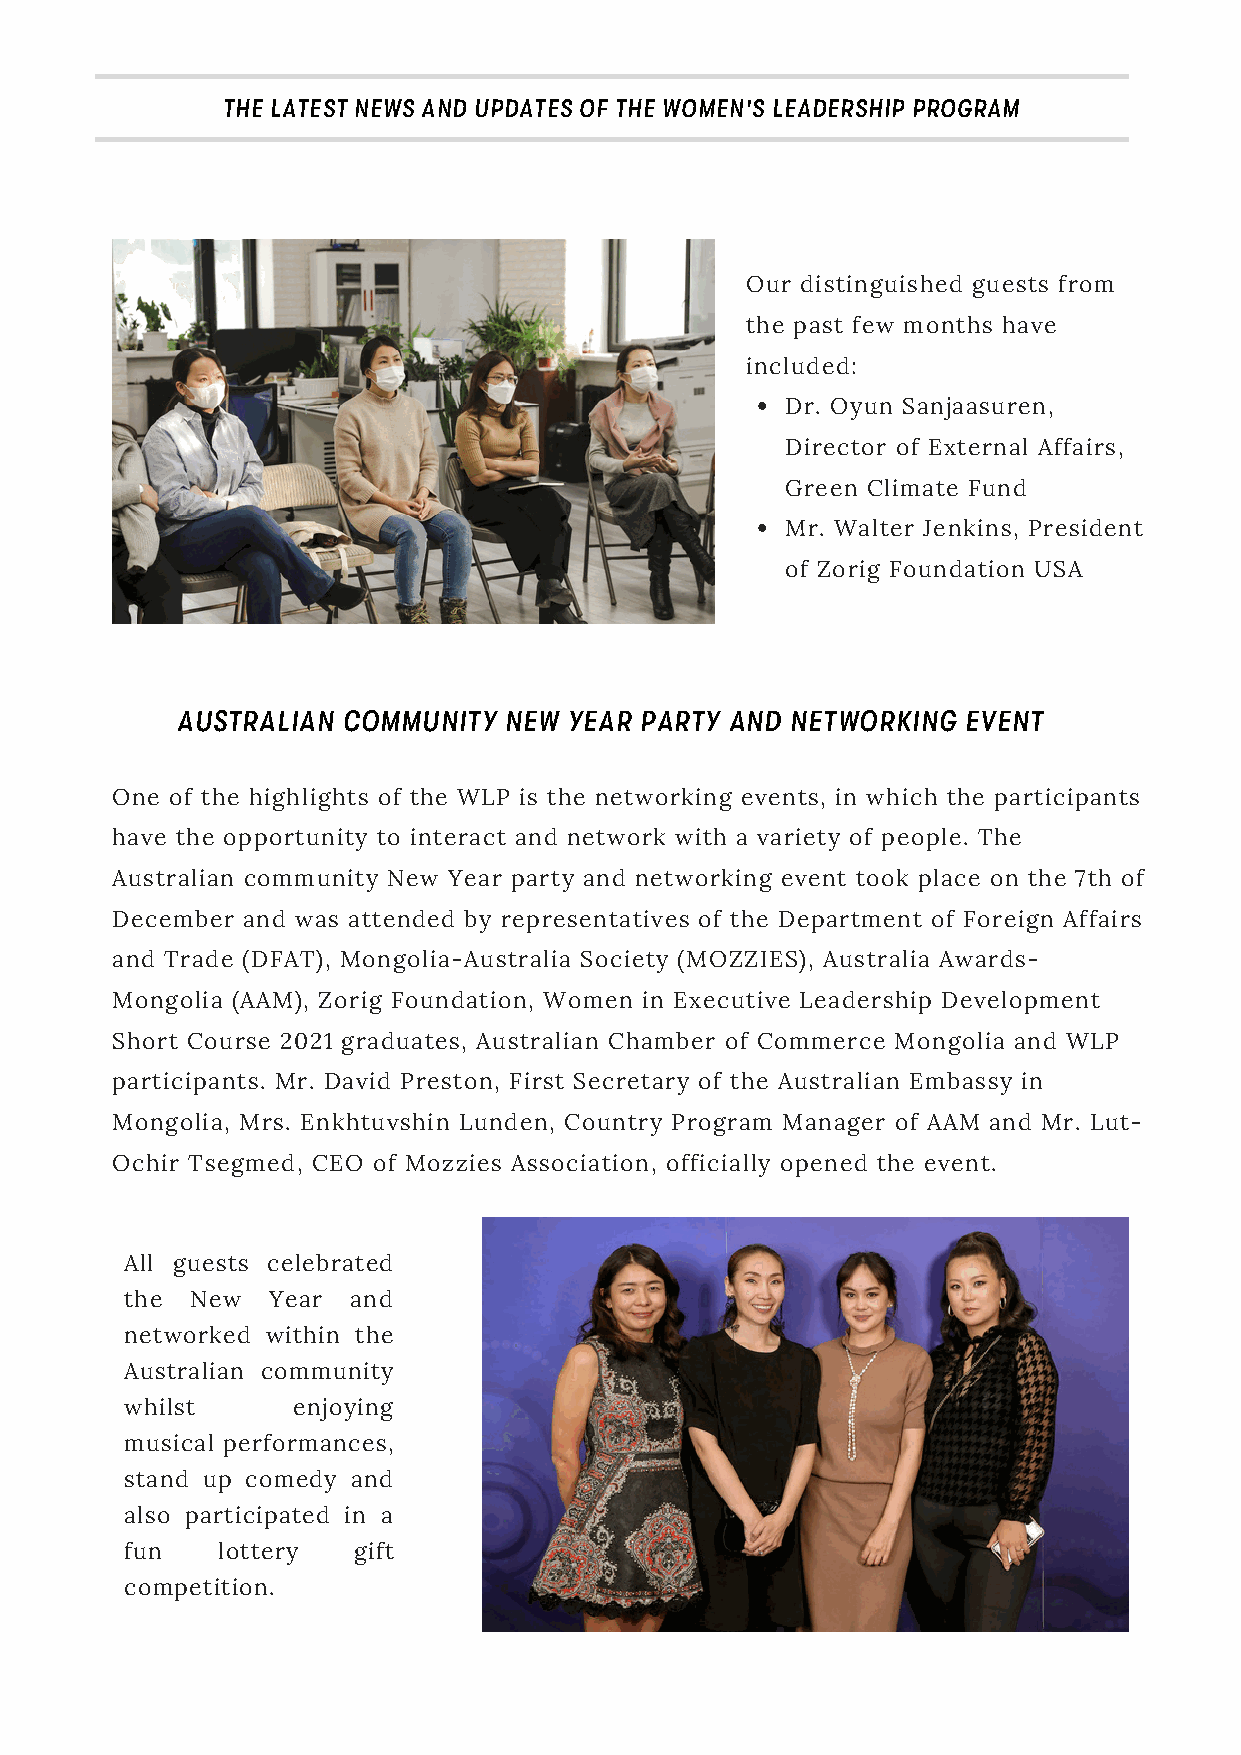
THE LATEST NEWS AND UPDATES OF THE WOMEN'S LEADERSHIP PROGRAM
 Our distinguished guests from
 the past few months have
 included:
 Dr. Oyun Sanjaasuren,
 Director of External Affairs,
 Green Climate Fund
 Mr. Walter Jenkins, President
 of Zorig Foundation USA
 AUSTRALIAN COMMUNITY NEW  YEAR PARTY AND NETWORKING EVENT
 One of the highlights of the WLP is the networking events, in which the participants
 have the opportunity to interact and network with a variety of people. The
 Australian community New Year party and networking event took place on the 7th of
 December and was attended by representatives of the Department of Foreign Affairs
 and Trade (DFAT), Mongolia-Australia Society (MOZZIES), Australia Awards-
 Mongolia (AAM), Zorig Foundation, Women in Executive Leadership Development
 Short Course 2021 graduates, Australian Chamber of Commerce Mongolia and WLP
 participants. Mr. David Preston, First Secretary of the Australian Embassy in
 Mongolia, Mrs. Enkhtuvshin Lunden, Country Program Manager of AAM and Mr. Lut-
 Ochir Tsegmed, CEO of Mozzies Association, officially opened the event.
 All guests celebrated
 the  New  Year and
 networked within the
 Australian community
 whilst     enjoying
 musical performances,
 stand up comedy and
 also participated in a
 fun   lottery  gift
 competition.